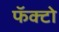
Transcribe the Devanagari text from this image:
फॅक्टो